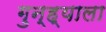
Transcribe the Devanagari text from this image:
गुन्ह्याला